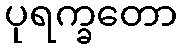
ပုရက္ခတော